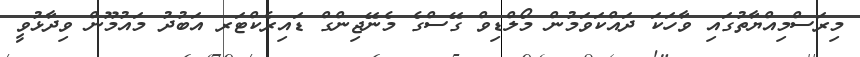
މިރަސްމިއްޔާތުގައި ވާހަކަ ދައްކަވަމުން މޯލްޑިވް ގޭސްގެ މެނޭޖިންގް ޑައިރެކްޓަރ އަބުދު މައުމޫން ވިދާޅުވީ